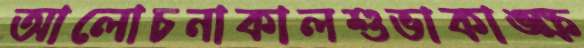
আলোচনাকালশুভাকাঙ্ক্ষ